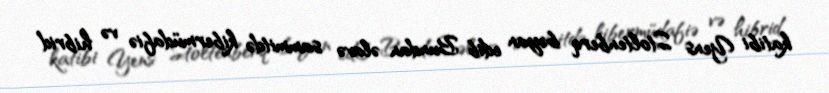
katibi Yens Stoltenberq bəyan edib Bundan əlavə sammitdə kibermüdafiə və hibrid